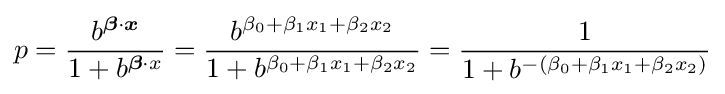
p={\frac {b^{{\boldsymbol {\beta }}\cdot {\boldsymbol {x}}}}{1+b^{{\boldsymbol {\beta }}\cdot x}}}={\frac {b^{\beta _{0}+\beta _{1}x_{1}+\beta _{2}x_{2}}}{1+b^{\beta _{0}+\beta _{1}x_{1}+\beta _{2}x_{2}}}}={\frac {1}{1+b^{-(\beta _{0}+\beta _{1}x_{1}+\beta _{2}x_{2})}}}